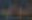
لوله